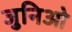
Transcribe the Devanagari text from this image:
जुनिओ